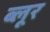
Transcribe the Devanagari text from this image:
ब्लूर